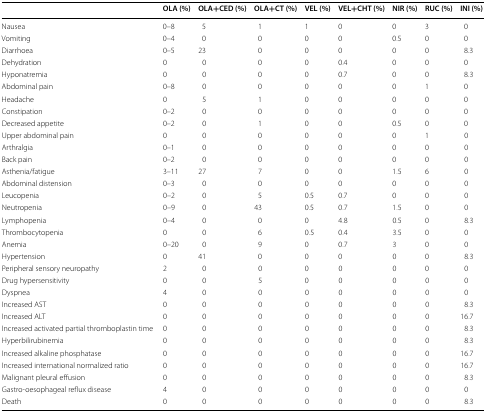
<table><thead><tr><td></td><td><b>OLA (%)</b></td><td><b>OLA+CED (%)</b></td><td><b>OLA+CT (%)</b></td><td><b>VEL (%)</b></td><td><b>VEL+CHT (%)</b></td><td><b>NIR (%)</b></td><td><b>RUC (%)</b></td><td><b>INI (%)</b></td></tr></thead><tbody><tr><td>Nausea</td><td>0–8</td><td>5</td><td>1</td><td>1</td><td>0</td><td>0</td><td>3</td><td>0</td></tr><tr><td>Vomiting</td><td>0–4</td><td>0</td><td>0</td><td>0</td><td>0</td><td>0.5</td><td>0</td><td>0</td></tr><tr><td>Diarrhoea</td><td>0–5</td><td>23</td><td>0</td><td>0</td><td>0</td><td>0</td><td>0</td><td>8.3</td></tr><tr><td>Dehydration</td><td>0</td><td>0</td><td>0</td><td>0</td><td>0.4</td><td>0</td><td>0</td><td>0</td></tr><tr><td>Hyponatremia</td><td>0</td><td>0</td><td>0</td><td>0</td><td>0.7</td><td>0</td><td>0</td><td>8.3</td></tr><tr><td>Abdominal pain</td><td>0–8</td><td>0</td><td>0</td><td>0</td><td>0</td><td>0</td><td>1</td><td>0</td></tr><tr><td>Headache</td><td>0</td><td>5</td><td>1</td><td>0</td><td>0</td><td>0</td><td>0</td><td>0</td></tr><tr><td>Constipation</td><td>0–2</td><td>0</td><td>0</td><td>0</td><td>0</td><td>0</td><td>0</td><td>0</td></tr><tr><td>Decreased appetite</td><td>0–2</td><td>0</td><td>1</td><td>0</td><td>0</td><td>0.5</td><td>0</td><td>0</td></tr><tr><td>Upper abdominal pain</td><td>0</td><td>0</td><td>0</td><td>0</td><td>0</td><td>0</td><td>1</td><td>0</td></tr><tr><td>Arthralgia</td><td>0–1</td><td>0</td><td>0</td><td>0</td><td>0</td><td>0</td><td>0</td><td>0</td></tr><tr><td>Back pain</td><td>0–2</td><td>0</td><td>0</td><td>0</td><td>0</td><td>0</td><td>0</td><td>0</td></tr><tr><td>Asthenia/fatigue</td><td>3–11</td><td>27</td><td>7</td><td>0</td><td>0</td><td>1.5</td><td>6</td><td>0</td></tr><tr><td>Abdominal distension</td><td>0–3</td><td>0</td><td>0</td><td>0</td><td>0</td><td>0</td><td>0</td><td>0</td></tr><tr><td>Leucopenia</td><td>0–2</td><td>0</td><td>5</td><td>0.5</td><td>0.7</td><td>0</td><td>0</td><td>0</td></tr><tr><td>Neutropenia</td><td>0–9</td><td>0</td><td>43</td><td>0.5</td><td>0.7</td><td>1.5</td><td>0</td><td>0</td></tr><tr><td>Lymphopenia</td><td>0–4</td><td>0</td><td>0</td><td>0</td><td>4.8</td><td>0.5</td><td>0</td><td>8.3</td></tr><tr><td>Thrombocytopenia</td><td>0</td><td>0</td><td>6</td><td>0.5</td><td>0.4</td><td>3.5</td><td>0</td><td>0</td></tr><tr><td>Anemia</td><td>0–20</td><td>0</td><td>9</td><td>0</td><td>0.7</td><td>3</td><td>0</td><td>0</td></tr><tr><td>Hypertension</td><td>0</td><td>41</td><td>0</td><td>0</td><td>0</td><td>0</td><td>0</td><td>8.3</td></tr><tr><td>Peripheral sensory neuropathy</td><td>2</td><td>0</td><td>0</td><td>0</td><td>0</td><td>0</td><td>0</td><td>0</td></tr><tr><td>Drug hypersensitivity</td><td>0</td><td>0</td><td>5</td><td>0</td><td>0</td><td>0</td><td>0</td><td>0</td></tr><tr><td>Dyspnea</td><td>4</td><td>0</td><td>0</td><td>0</td><td>0</td><td>0</td><td>0</td><td>0</td></tr><tr><td>Increased AST</td><td>0</td><td>0</td><td>0</td><td>0</td><td>0</td><td>0</td><td>0</td><td>8.3</td></tr><tr><td>Increased ALT</td><td>0</td><td>0</td><td>0</td><td>0</td><td>0</td><td>0</td><td>0</td><td>16.7</td></tr><tr><td>Increased activated partial thromboplastin time</td><td>0</td><td>0</td><td>0</td><td>0</td><td>0</td><td>0</td><td>0</td><td>8.3</td></tr><tr><td>Hyperbilirubinemia</td><td>0</td><td>0</td><td>0</td><td>0</td><td>0</td><td>0</td><td>0</td><td>8.3</td></tr><tr><td>Increased alkaline phosphatase</td><td>0</td><td>0</td><td>0</td><td>0</td><td>0</td><td>0</td><td>0</td><td>16.7</td></tr><tr><td>Increased international normalized ratio</td><td>0</td><td>0</td><td>0</td><td>0</td><td>0</td><td>0</td><td>0</td><td>16.7</td></tr><tr><td>Malignant pleural effusion</td><td>0</td><td>0</td><td>0</td><td>0</td><td>0</td><td>0</td><td>0</td><td>8.3</td></tr><tr><td>Gastro-oesophageal reflux disease</td><td>4</td><td>0</td><td>0</td><td>0</td><td>0</td><td>0</td><td>0</td><td>0</td></tr><tr><td>Death</td><td>0</td><td>0</td><td>0</td><td>0</td><td>0</td><td>0</td><td>0</td><td>8.3</td></tr></tbody></table>